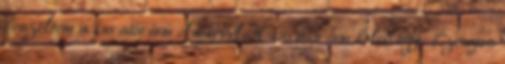
beszéltem a kuratórium elnökével. A kuratórium belső ügye bizonyos